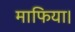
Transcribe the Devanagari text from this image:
माफिया।